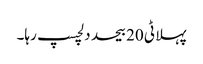
پہلا ٹی 20 بیحد دلچسپ رہا۔